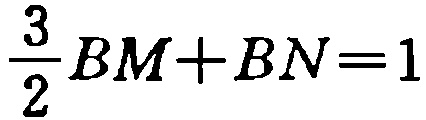
$\frac{3}{2}BM + BN = 1$